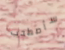
سأصطحب